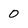
Character: 0